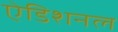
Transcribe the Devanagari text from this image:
ऐडिशनल